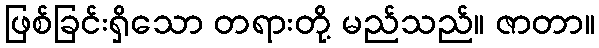
ဖြစ်ခြင်းရှိသော တရားတို့ မည်သည်။ ဇာတာ။